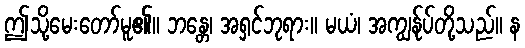
ဤသို့မေးတော်မူ၏။ ဘန္တေ၊ အရှင်ဘုရား။ မယံ၊ အကျွန်ုပ်တို့သည်။ န